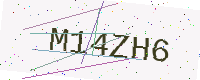
Text: M14ZH6